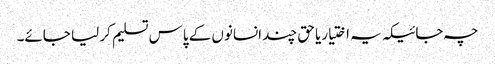
چہ جائیکہ یہ اختیاریا حق چند انسانوں کے پاس تسلیم کر لیا جائے۔